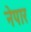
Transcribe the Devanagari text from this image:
नेपार